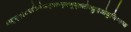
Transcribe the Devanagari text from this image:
क्ष्ग्र्द्य्५६८उकिवेअद्फ्स्ग्फ्त्स्र्रुय्७लोज्क्लुइओयुजिग्फ्च्क्ष